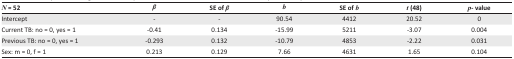
| N = 52 | β | SE of β | b | SE of b | t (48) | p- value |
 | --- | --- | --- | --- | --- | --- | --- |
 | Intercept | - | - | 90.54 | 4412 | 20.52 | 0 |
 | Current TB: no = 0, yes = 1 | -0.41 | 0.134 | -15.99 | 5211 | -3.07 | 0.004 |
 | Previous TB: no = 0, yes = 1 | -0.293 | 0.132 | -10.79 | 4853 | -2.22 | 0.031 |
 | Sex: m = 0, f = 1 | 0.213 | 0.129 | 7.66 | 4631 | 1.65 | 0.104 |